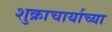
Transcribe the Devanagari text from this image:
शुक्राचार्याच्या